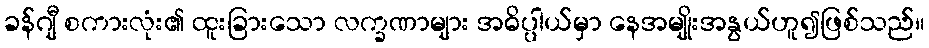
ခန်ဂျီ စကားလုံး၏ ထူးခြားသော လက္ခဏာများ အဓိပ္ပါယ်မှာ နေအမျိုးအနွယ်ဟူ၍ဖြစ်သည်။